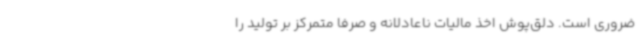
ضروری است. دلق‌پوش اخذ مالیات ناعادلانه و صرفاً متمرکز بر تولید را